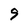
Character: 9